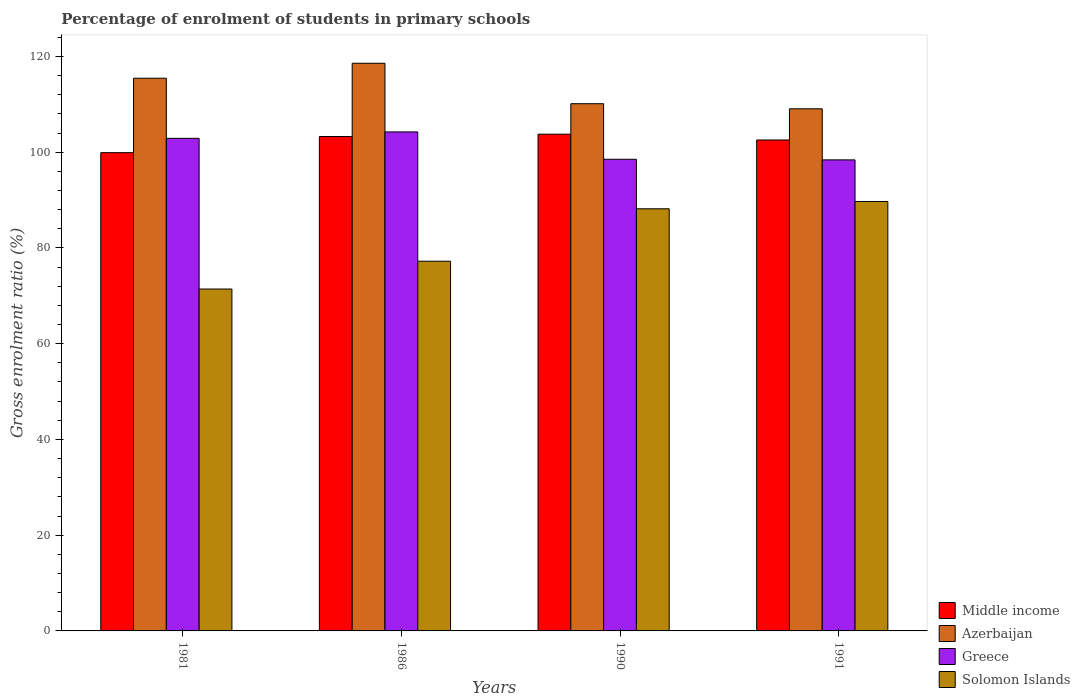
| Years | Middle income | Azerbaijan | Greece | Solomon Islands |
 | --- | --- | --- | --- | --- |
 | 1981 | 99.9 | 115 | 103 | 71.4 |
 | 1986 | 103 | 119 | 104 | 77.2 |
 | 1990 | 104 | 110 | 98.5 | 88.2 |
 | 1991 | 103 | 109 | 98.4 | 89.7 |